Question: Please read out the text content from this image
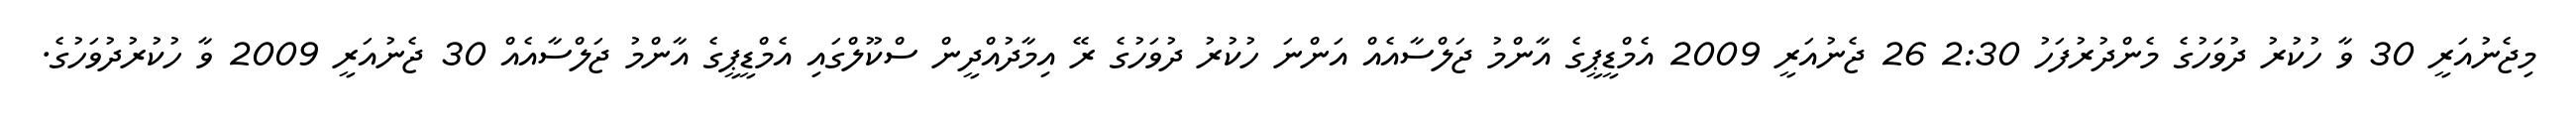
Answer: މިޖެނުއަރީ 30 ވާ ހުކުރު ދުވަހުގެ މެންދުރުފަހު 2:30 26 ޖެނުއަރީ 2009 އެމްޑީޕީގެ އާންމު ޖަލްސާއެއް އަންނަ ހުކުރު ދުވަހުގެ ރޭ އިމާދުއްދީން ސްކޫލްގައި އެމްޑީޕީގެ އާންމު ޖަލްސާއެއް 30 ޖެނުއަރީ 2009 ވާ ހުކުރުދުވަހުގެ.